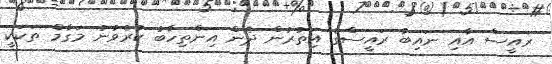
ރައީސް އާއި ނައިބު ރައީސްގެ އިތުރުން ދެން އިންތިހާބު ކުރެވުނު މަގާމް ތަކަކީ